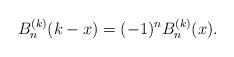
LaTeX: \begin{align*} B_n^{(k) } (k-x)=(-1)^n B_n^{(k)}(x).\end{align*}